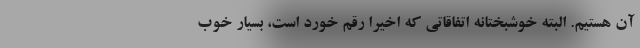
آن هستیم. البته خوشبختانه اتفاقاتی که اخیرا رقم خورد است، بسیار خوب